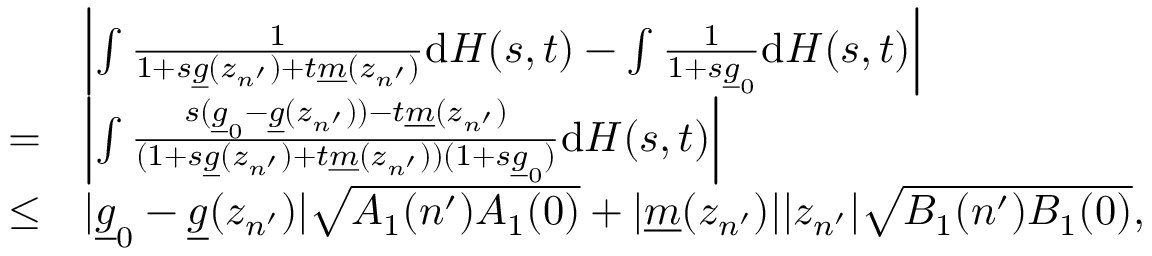
\begin{array} { r l } & { \left\vert \int \frac { 1 } { 1 + s \underline { { g } } ( z _ { n ^ { \prime } } ) + t \underline { { m } } ( z _ { n ^ { \prime } } ) } \mathrm { d } H ( s , t ) - \int \frac { 1 } { 1 + s \underline { { g } } _ { 0 } } \mathrm { d } H ( s , t ) \right\vert } \\ { = } & { \left\vert \int \frac { s ( \underline { { g } } _ { 0 } - \underline { { g } } ( z _ { n ^ { \prime } } ) ) - t \underline { { m } } ( z _ { n ^ { \prime } } ) } { ( 1 + s \underline { { g } } ( z _ { n ^ { \prime } } ) + t \underline { { m } } ( z _ { n ^ { \prime } } ) ) ( 1 + s \underline { { g } } _ { 0 } ) } \mathrm { d } H ( s , t ) \right\vert } \\ { \leq } & { \vert \underline { { g } } _ { 0 } - \underline { { g } } ( z _ { n ^ { \prime } } ) \vert \sqrt { A _ { 1 } ( n ^ { \prime } ) A _ { 1 } ( 0 ) } + \vert \underline { { m } } ( z _ { n ^ { \prime } } ) \vert \vert z _ { n ^ { \prime } } \vert \sqrt { B _ { 1 } ( n ^ { \prime } ) B _ { 1 } ( 0 ) } , } \end{array}